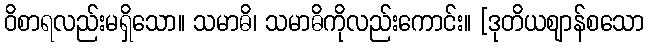
ဝိစာရလည်းမရှိသော။ သမာဓိ၊ သမာဓိကိုလည်းကောင်း။ [ဒုတိယဈာန်စသော